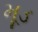
મૂડ